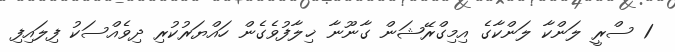
1 ސްރީ ލަންކާ ލަންކާގެ އިމިގްރޭޝަން ގާނޫނާ ޚިލާފުވެގެން ހައްޔަރުކުރި ދިވެއްސަކު ފިލައިފި